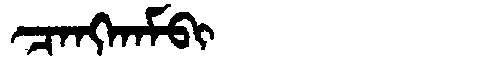
Manchu: ᠴᠠᠩᡴᠠᠮᠪᡳ
Romanization: CANGKAMBI